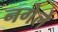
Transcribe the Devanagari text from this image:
नगेले